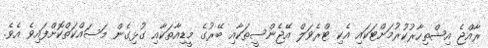
ރާއްޖެ އިޝްތިހާރުކުރުމަށްޓަކައި އެކި ޓްރެވަލް އޭޖެންސީތަކާއި ބޭރުގެ މީޑިއާތަކާއި ގުޅިގެން މަސައްކަތްކޮށްފައިވެ އެވެ.